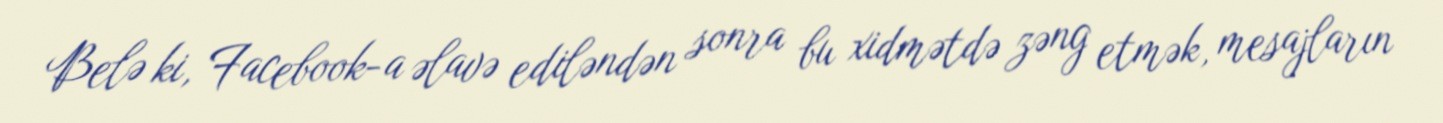
Belə ki, Facebook-a əlavə ediləndən sonra bu xidmətdə zəng etmək, mesajların